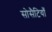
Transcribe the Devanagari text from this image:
सोसैटियाँ